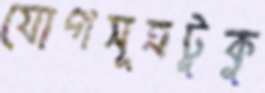
যোগসূত্রটুকু